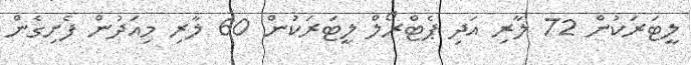
ލީޓަރަކުން 72 ލާރި އަދި ޕެޓްރޯލް ލީޓަރަކުން 60 ލާރި މިއަދުން ފެށިގެން